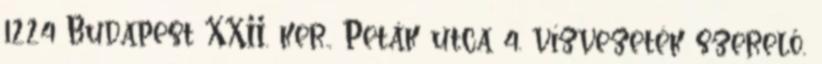
1224 Budapest XXII. ker., Peták utca 4. vízvezeték szerelő,